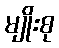
မျိုးစု